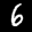
Label: 6